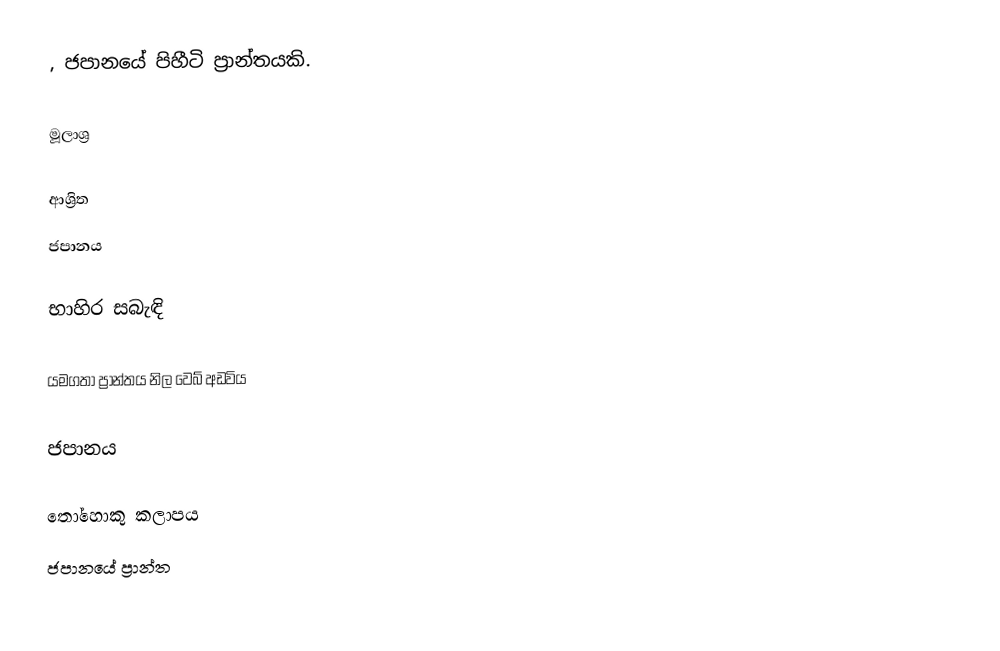
, ජපානයේ පිහීටි ප්‍රාන්තයකි.

මූලාශ්‍ර

ආශ්‍රිත
 ජපානය

භාහිර සබැඳි

යමගතා ප්‍රාන්තය නිල වෙබ් අඩවිය

ජපානය

තෝහොකු කලාපය
ජපානයේ ප්‍රාන්ත